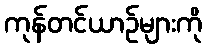
ကုန်တင်ယာဉ်များကို